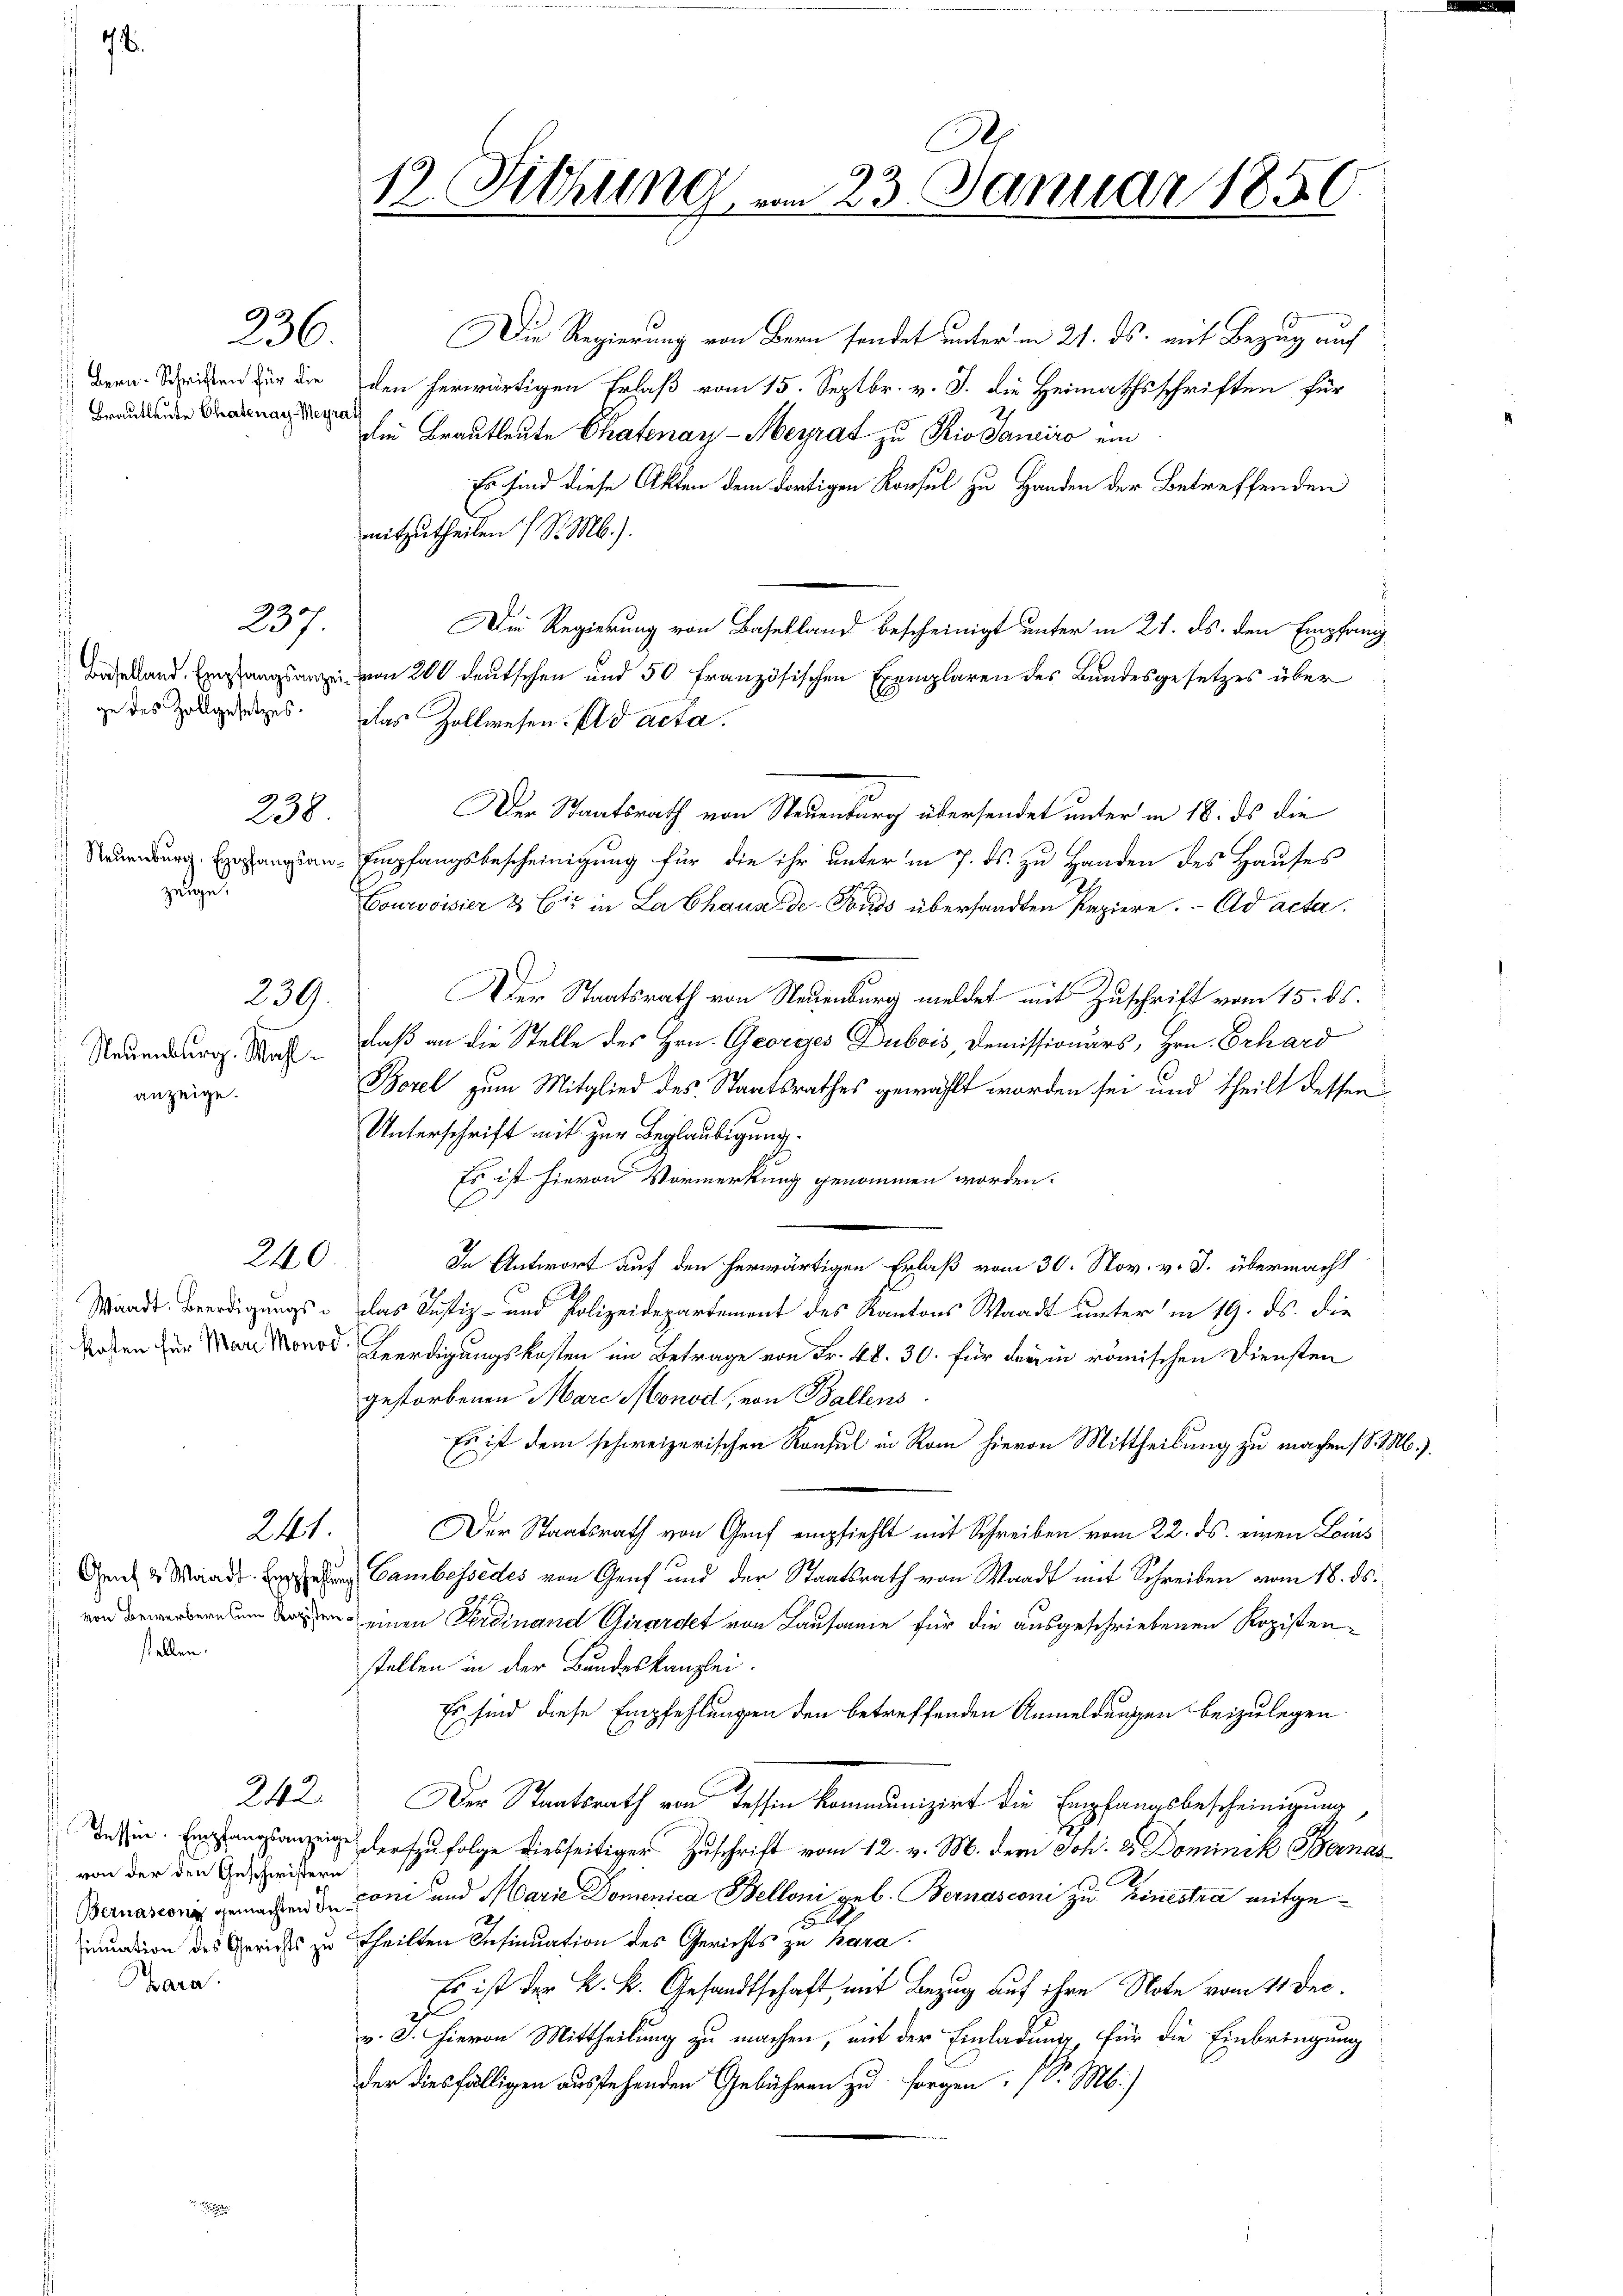
Brautleute Chartenay-Meyra

76.

von der den Geschwistern

Gara

236.

237.

238

zeige.

Neuenburg. Wahlanzeige.

239.

stellen.

Die Regierung von Bern sendet unter in 21. ds. mit Bezug auf
Bern Schreiben für die den herwärtigen Erlaß vom 15. Septbr. v. J. die Heimathsschriften für
die Brautleute Chafenay-Meyrat zu Rio Sanciro ein
Er sind diese Akten dem dortigen Konsul zu Handen der Betreffenden
mitzutheilen (S. Mb.).
Die Regierung von Baselland bescheinigt unter in 21. ds. den Empfang
Baselland. Empfangsanze von 200 deutschen und 50 französischen Exemplaren des Bundesgesetzes über
 zu des Zollgesetzes. Das Zollwesen. ad acta.
Der Staatsrath von Neuenburg übersendet unter in 18. ds die
Naumburg Exegangsan-Empfangsbescheinigung für die ihr unter in 7. ds. zu Handen des Hauses
Courvoisier & Cie in La Chaux-de-Fonds übersandten Papiere. Ad acta
Der Staatsrath von Neuenburg meldet mit Zuschrift vom 15. ds.
daß an die Stelle des Hrn. Georges Dubois, Demissionärs, Hrn. Erhard
Borel zum Mitglied des Staatsrathes gewählt worden sei und theilt dessen
Unterschrift mit zur Beglaubigung.
Es ist hievon Vormerkung genommen worden.
240.
In Antwort auf den herwärtigen Erlaß vom 30. Nov. v. J. übermacht
Waadt. Beerdigungs- das Justiz- und Polizeidepartement des Kantons Waadt unter in 19. ds. die
Woben für Marie Morod. Beerdigungskosten im Betrage von Fr. 48. 30. für darin römischen Diensten
gestorbenen Mare Monod, von Ballens
Es ist dem schweizerischen Konsul in Rom hievon Mittheilung zu machen (S. b.)
241.
Der Staatsrath von Genf empfiehlt mit Schreiben vom 22. ds. einen Lois
Den 2 Waadt Begehung Cambessedes von Genf und der Staatsrath von Waadt mit Schreiben vom 18. ds.
von Bewerbernem Tagen einen Ferdinand Girardet von Lausanne für die ausgeschriebenen Kopistenstellen in der Bundeskanzlei.
Es sind diese Empfehlungen den betreffenden Anmeldungen beizulegen.
242. Der Staatsrath von Tessin kommunizirt die Empfangsbescheinigung,
rzufolge diesseitiger Zuschrift vom 12. v. M. dem Joh. & Dominik Bernas
Bernasconig gemachen Toni und Marie Domenica Belloni geb. Bernasconi zu Einestra mitgeinuation des Gerichts zu theilten Insinuation des Gerichts zu Bara.
Es ist der k. k. Gesandtschaft, mit Bezug auf ihre Note vom 11. Dec.
E
v. J. Hievon Mittheilung zu machen, mit der Einladung, für die Einbringung
der diesfälligen ausstehenden Gebühren zu sorgen. (S. M.)

1
12. Sitzung vom 23. Januar 1856